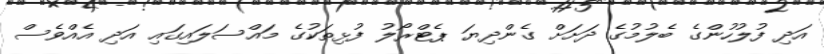
އަދި ފުލުހުންގެ ބެލުމުގެ ދަށަށް ގެންދިޔަ ޕެޓްރޯލު ފުޅިތަކުގެ މައްސަލައިގައި އަދި އެއްވެސް